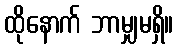
ထိုနောက် ဘာမျှမရှိ။